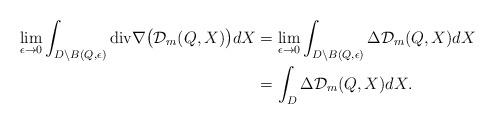
LaTeX: \begin{align*}\lim_{\epsilon\rightarrow 0}\int_{D\setminus B(Q, \epsilon)}\mathrm{div}\nabla\big(\mathcal{D}_{m}(Q, X)\big)dX&=\lim_{\epsilon\rightarrow 0}\int_{D\setminus B(Q, \epsilon)}\Delta\mathcal{D}_{m}(Q, X)dX\\&=\int_{D}\Delta\mathcal{D}_{m}(Q, X)dX.\end{align*}